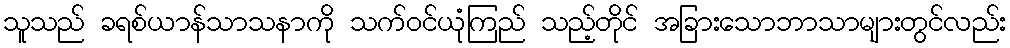
သူသည် ခရစ်ယာန်သာသနာကို သက်ဝင်ယုံကြည် သည့်တိုင် အခြားသောဘာသာများတွင်လည်း